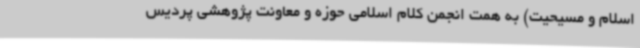
اسلام و مسیحیت) به همت انجمن کلام اسلامی حوزه و معاونت پژوهشی پردیس